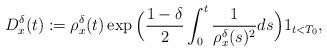
LaTeX: \begin{align*}D^\delta_x(t) := \rho_x^\delta(t) \exp\Big(\frac{1 - \delta}{2} \int_0^t \frac{1}{\rho_x^\delta(s)^2} ds\Big) 1_{t < T_0},\end{align*}